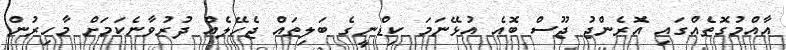
އާއްމުގޮތެއްގައި އޮރެންޖު ޖޫސް ބޮއެ އުޅޭނަމަ ކިޑްނީގެ ބަލިތައް ޖެހޭލެއް ދުރުވާނެކަމަށް މާހިރުން